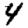
Digit: 4